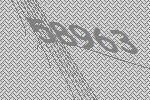
58963